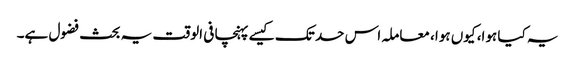
یہ کیا ہوا، کیوں ہوا، معاملہ اس حد تک کیسے پہنچا فی الوقت یہ بحث فضول ہے۔